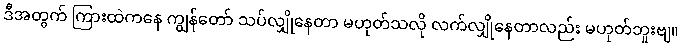
ဒီအတွက် ကြားထဲကနေ ကျွန်တော် သပ်လျှိုနေတာ မဟုတ်သလို လက်လျှိုနေတာလည်း မဟုတ်ဘူးဗျ။